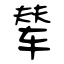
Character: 辇